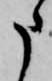
申